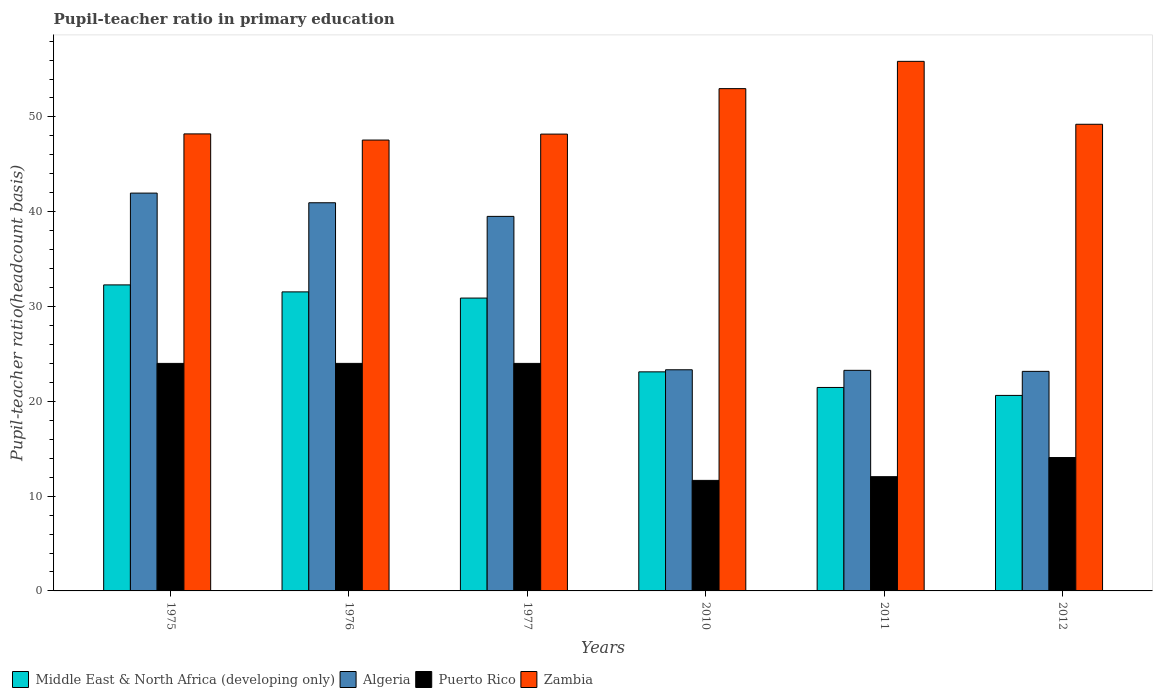
| Years | Middle East & North Africa (developing only) | Algeria | Puerto Rico | Zambia |
 | --- | --- | --- | --- | --- |
 | 1975 | 32.3 | 42 | 24 | 48.2 |
 | 1976 | 31.5 | 40.9 | 24 | 47.6 |
 | 1977 | 30.9 | 39.5 | 24 | 48.2 |
 | 2010 | 23.1 | 23.3 | 11.7 | 53 |
 | 2011 | 21.5 | 23.3 | 12.1 | 55.9 |
 | 2012 | 20.6 | 23.2 | 14.1 | 49.2 |